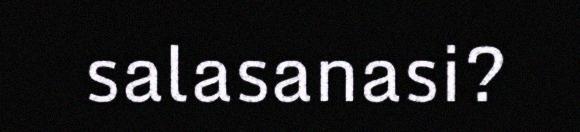
salasanasi?